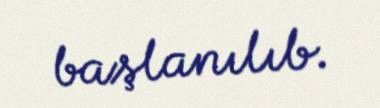
başlanılıb.